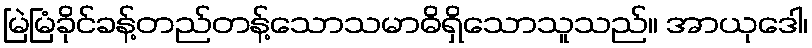
မြဲမြံခိုင်ခန့်တည်တန့်သောသမာဓိရှိသောသူသည်။ အာယုဒေါ၊